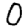
Digit: 0